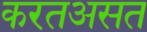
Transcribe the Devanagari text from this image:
करतअसत